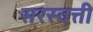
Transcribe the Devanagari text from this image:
सरस्वत्ती